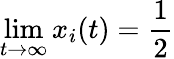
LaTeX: \operatorname*{lim}_{t\to\infty}x_{i}(t)=\frac{1}{2}